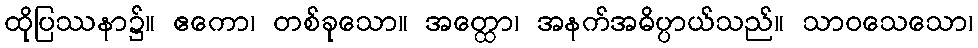
ထိုပြဿနာ၌။ ဧကော၊ တစ်ခုသော။ အတ္ထော၊ အနက်အဓိပ္ပာယ်သည်။ သာဝသေသော၊